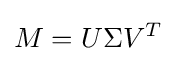
M=U\Sigma V^{T}\,\!